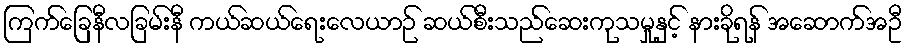
ကြက်ခြေနီလခြမ်းနီ ကယ်ဆယ်ရေးလေယာဉ် ဆယ်စီးသည်ဆေးကုသမှုနှင့် နားခိုရန် အဆောက်အဦ